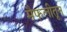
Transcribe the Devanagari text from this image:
मैफलीतून